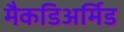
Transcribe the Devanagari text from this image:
मैकडिअर्मिड